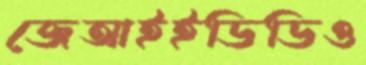
জেআইইডিডিও